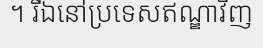
។ រីឯនៅប្រទេសឥណ្ឌាវិញ